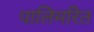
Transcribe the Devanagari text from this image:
पालिमरित